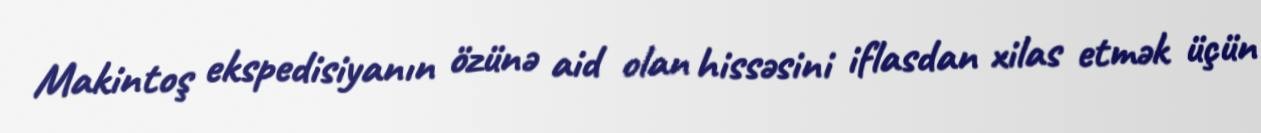
Makintoş ekspedisiyanın özünə aid olan hissəsini iflasdan xilas etmək üçün